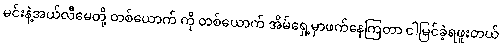
မင်းနဲ့အယ်လီမေတို့ တစ်ယောက် ကို တစ်ယောက် အိမ်ရှေ့မှာဖက်နေကြတာ ငါမြင်ခဲ့ရဖူးတယ်